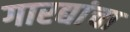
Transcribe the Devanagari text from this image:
गारद्यांचा